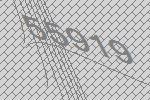
55919